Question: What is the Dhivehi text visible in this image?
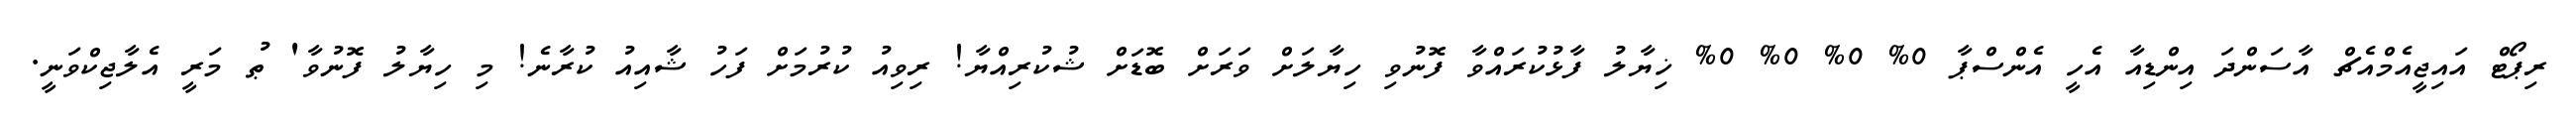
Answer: ރިޕޯޓް އައިޖީއެމްއެޗް އާސަންދަ އިންޑިއާ އެހީ އެންސްޕާ 0% 0% 0% 0% ޚިޔާލު ފާޅުކުރައްވާ ފޮނުވި ހިޔާލަށް ވަރަށް ބޮޑަށް ޝުކުރިއްޔާ! ރިވިއު ކުރުމަށް ފަހު ޝާއިއު ކުރާނެ! މި ހިޔާލު ފޮނުވާ' ޠު މަރީ އެލާޖިކްވަނީ.